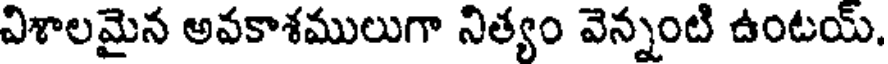
విశాలమైన అవకాశములుగా నిత్యం వెన్నంటి ఉంటయ్.